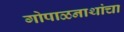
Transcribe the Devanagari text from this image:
गोपाळनाथांचा